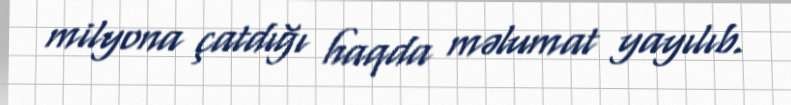
milyona çatdığı haqda məlumat yayılıb.